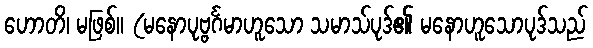
ဟောတိ၊ မဖြစ်။ (မနောပုဗ္ဗင်္ဂမာဟူသော သမာသ်ပုဒ်၏ မနောဟူသောပုဒ်သည်